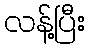
လန့်ပြီး